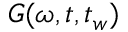
G ( \omega , t , t _ { w } )